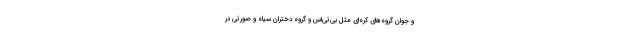
و جوان گروه‌های کره‌ای مثل بی‌تی‌اس و گروه دختران سیاه و صورتی در